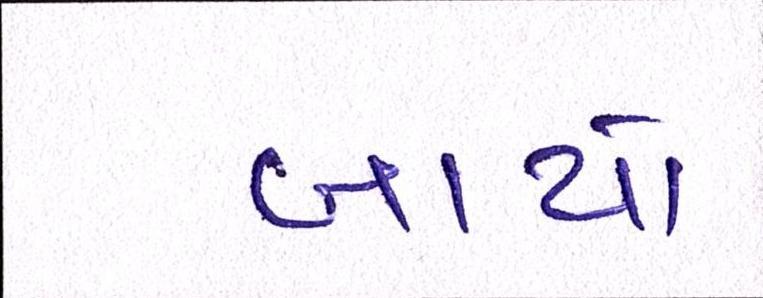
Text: બાયો